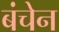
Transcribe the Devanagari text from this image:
बंचेन